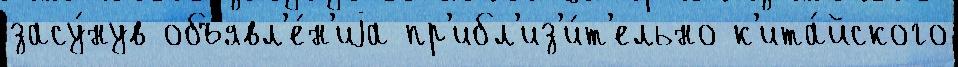
засу́нув объявл'е́н'иjа пр'ибл'из'и́т'ельно к'ита́йского